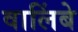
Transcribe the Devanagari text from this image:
वालिंबे